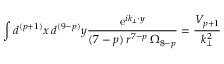
\int d ^ { ( p + 1 ) } x \, d ^ { ( 9 - p ) } y \frac { \mathrm { e } ^ { i k _ { \bot } \cdot y } } { ( 7 - p ) \, r ^ { 7 - p } \, \Omega _ { 8 - p } } = \frac { V _ { p + 1 } } { k _ { \bot } ^ { 2 } }